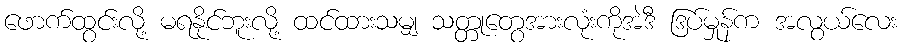
ဖောက်ထွင်းလို့ မရနိုင်ဘူးလို့ ထင်ထားသမျှ သတ္တုတွေအားလုံးကိုအဲဒီ ဒြပ်မှုန်က အလွယ်လေး